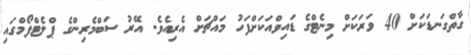
ގާތްގަނޑަކަށް 40 ވަރަަކަށް މިނެޓްގެ ޑައިވްއަކަށްފަހު މައްޗަށް އެރިއެވެ. އޭރު ސަބްމެރިންގެ ޕްލެޓްފޯމްގައި